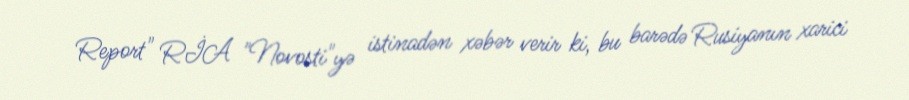
Report" RİA "Novosti"yə istinadən xəbər verir ki, bu barədə Rusiyanın xarici